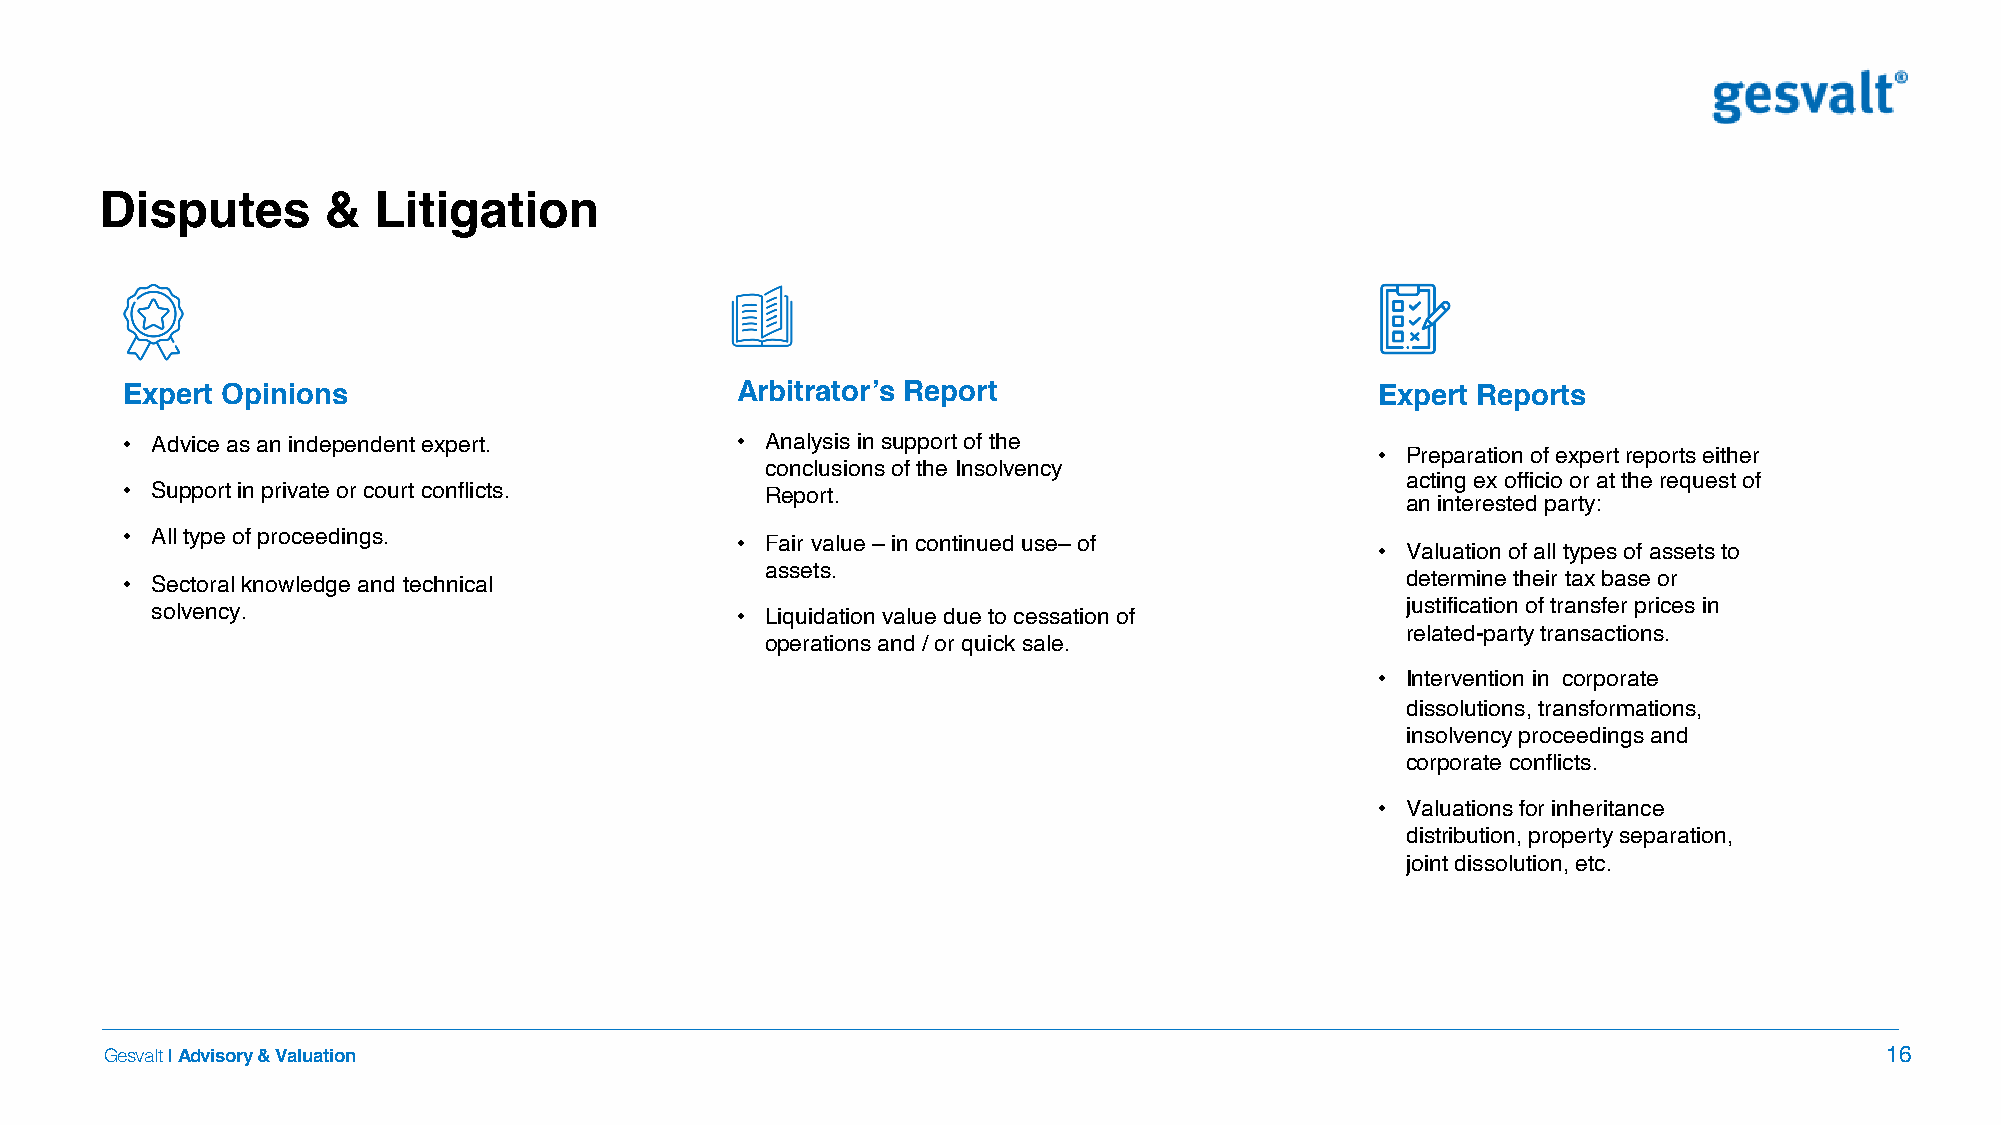
Disputes      &   Litigation
 Expert Opinions                          Arbitrator’s Report                       Expert Reports
 • Advice as an independent expert.       • Analysis in support of the
 • Preparation of expert reports either
 conclusions of the Insolvency
 acting ex officio or at the request of
 • Support in private or court conflicts.   Report.
 an interested party:
 • All type of proceedings.               • Fair value – in continued use– of
 • Valuation of all types of assets to
 assets.
 • Sectoral knowledge and technical                                                   determine their tax base or
 solvency.                              • Liquidation value due to cessation of     justification of transfer prices in
 related-party transactions.
 operations and / or quick sale.
 • Intervention in corporate
 dissolutions, transformations,
 insolvency proceedings and
 corporate conflicts.
 • Valuations for inheritance
 distribution, property separation,
 joint dissolution, etc.
 Gesvalt|Advisory & Valuation                                                                                          16